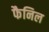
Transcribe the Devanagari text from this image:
फैनिल